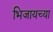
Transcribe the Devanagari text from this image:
भिजायच्या